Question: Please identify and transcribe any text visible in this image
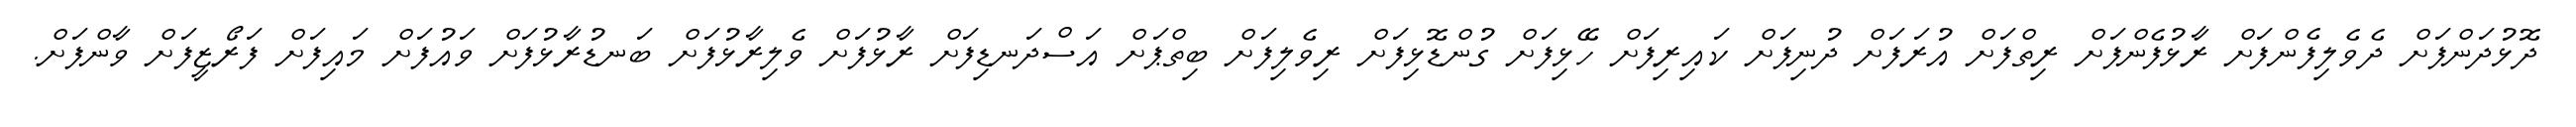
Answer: ދޮޅުދަންފަށް ދެވެލިފެންފަށް ރާޅުފެންފަށް ރިތްފަށް އުރަފަށް ދުނިފަށް ކައިރިފަށް ހޭޅިފަށް ގުންޑޮޅިފަށް ރިވެލިފަށް ބިތްޕަށް އަސްދަނޑިފަށް ރާޅުފަށް ވެލިރާޅުފަށް ބަނޑުރާޅުފަށް ވައުފަށް މައިފަށް ފަރޯޒީފަށް ވާންފަށް.